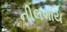
નીલગાય